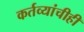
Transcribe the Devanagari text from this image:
कर्तव्यांचीही